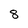
Character: 8